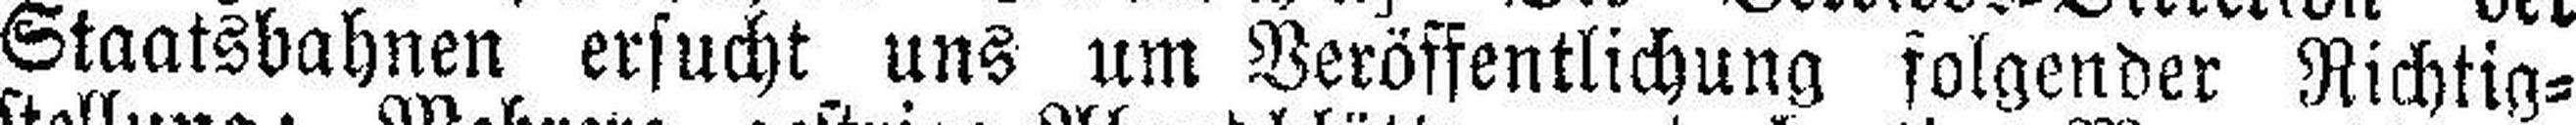
Staatsbahnen ersucht uns um Veröffentlichung folgender Richtig¬